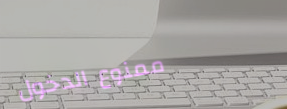
ممنوع الدخول